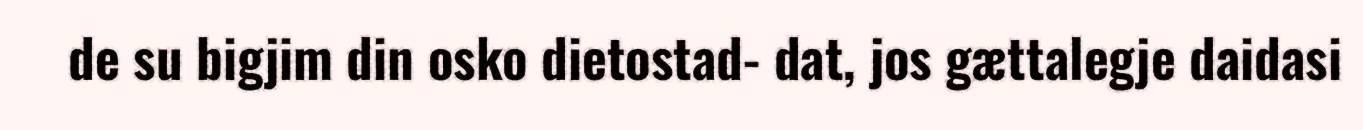
de su bigjim din osko dietostad- dat, jos gættalegje daidasi